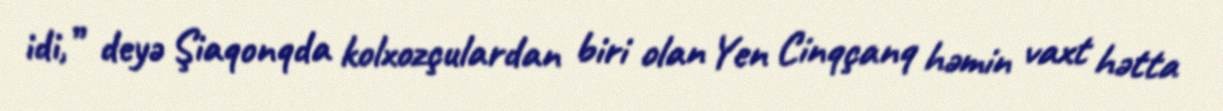
idi,” deyə Şiaqonqda kolxozçulardan biri olan Yen Cinqçanq həmin vaxt hətta